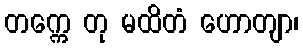
တက္ကေ တု မထိတံ ဟောတျာ၊